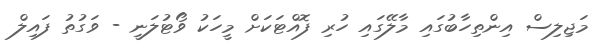
މަޖިލިސް އިންތިހާބުގައި މާލޭގައި ހުރި ފޮއްޓަކަށް މީހަކު ވޯޓުލަނީ - ވަގުތު ފައިލް